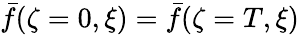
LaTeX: \bar{f}(\zeta=0,\xi)=\bar{f}(\zeta=T,\xi)